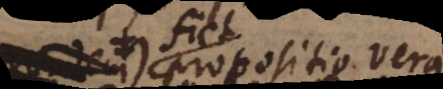
B) propositio vera